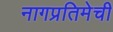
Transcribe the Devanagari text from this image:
नागप्रतिमेची